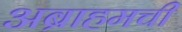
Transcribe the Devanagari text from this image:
अब्राहमची